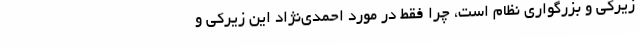
زیرکی و بزرگواری نظام است، چرا فقط در مورد احمدی‌نژاد این زیرکی و